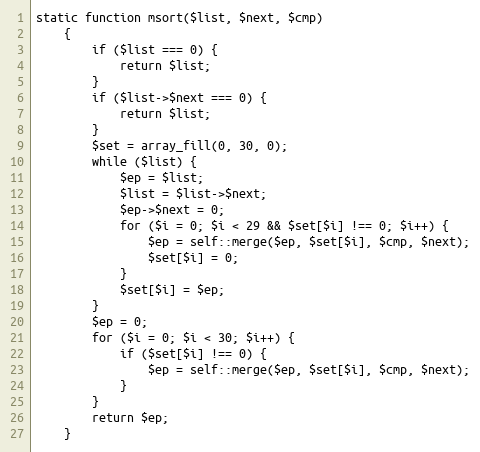
Language: PHP
static function msort($list, $next, $cmp)
    {
        if ($list === 0) {
            return $list;
        }
        if ($list->$next === 0) {
            return $list;
        }
        $set = array_fill(0, 30, 0);
        while ($list) {
            $ep = $list;
            $list = $list->$next;
            $ep->$next = 0;
            for ($i = 0; $i < 29 && $set[$i] !== 0; $i++) {
                $ep = self::merge($ep, $set[$i], $cmp, $next);
                $set[$i] = 0;
            }
            $set[$i] = $ep;
        }
        $ep = 0;
        for ($i = 0; $i < 30; $i++) {
            if ($set[$i] !== 0) {
                $ep = self::merge($ep, $set[$i], $cmp, $next);
            }
        }
        return $ep;
    }